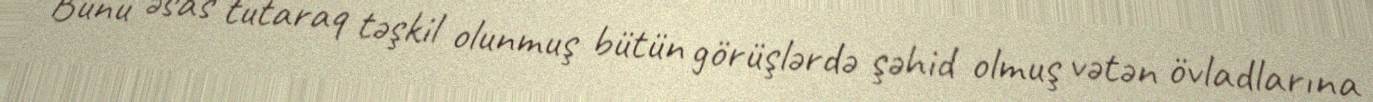
Bunu əsas tutaraq təşkil olunmuş bütün görüşlərdə şəhid olmuş vətən övladlarına